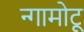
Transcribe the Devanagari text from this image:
न्गामोटू